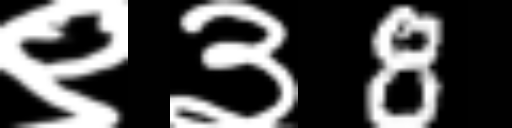
Text: ९३8